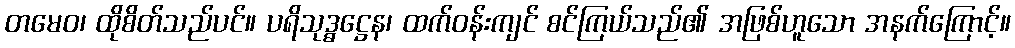
တမေဝ၊ ထိုစိတ်သည်ပင်။ ပရိသုဒ္ဓဋ္ဌေန၊ ထက်ဝန်းကျင် စင်ကြယ်သည်၏ အဖြစ်ဟူသော အနက်ကြောင့်။